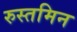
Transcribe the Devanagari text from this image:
रुस्तमिन